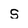
Character: S